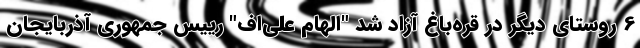
6 روستای دیگر در قره‌باغ آزاد شد "الهام علی‌اف" رییس جمهوری آذربایجان